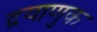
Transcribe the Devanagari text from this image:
द्वयाणुक